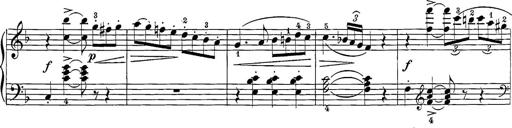
Title: 12 Sonatine per Pianoforte
Composer: Friedrich Kuhlau